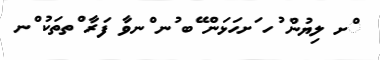
ްށ ލިޔުން ުހ ަށހަޅަން ޭބ ުނ ްނވާ ފަރާ ްތތަކު ްނ